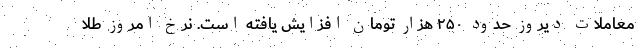
معاملات دیروز حدود ۲۵۰ هزار تومان افزایش یافته است. نرخ امروز طلا